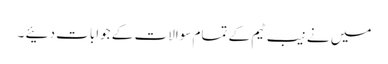
میں نے نیب ٹیم کے تمام سوالات کے جوابات دئیے ۔